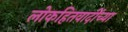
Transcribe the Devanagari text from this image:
लोकहितवादींच्या